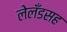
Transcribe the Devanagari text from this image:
लेलँडसह